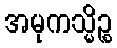
အမုကသ္မိဉ္စ